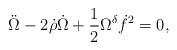
LaTeX: \begin{align*}\ddot{\Omega} - 2 \dot{\rho} \dot{\Omega} +\frac{1}{2} \Omega^{\delta} \dot{f}^2 = 0 ,\end{align*}